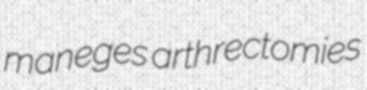
maneges arthrectomies